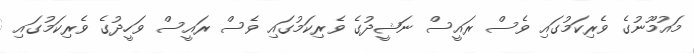
މައުމޫނުގެ ވެރިކަމުގައި ވެސް ރައީސް ނަޝީދުގެ ވެރިކަމުގައި ވެސް ރައީސް ވަހީދުގެ ވެރިކަމުގައި